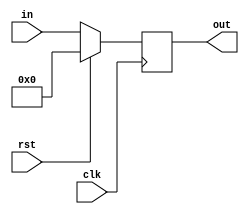
`timescale 1ns / 1ps
//////////////////////////////////////////////////////////////////////////////////
// Company: 
// Engineer: 
// 
// Design Name: 
// Module Name:    reg12 
// Project Name: 
// Target Devices: 
// Tool versions: 
// Description: 
//
// Dependencies: 
//
// Revision: 
// Revision 0.01 - File Created
// Additional Comments: 
//
//////////////////////////////////////////////////////////////////////////////////
module reg12 #(parameter N = 8)(
    input [N-1:0] in,
    input clk,
    output [N-1:0] out,
    input rst
    );

reg [N-1:0] outreg;

always @(posedge clk)
	if(rst)
		outreg <= 0;
	else
		outreg <= in;

assign out = outreg;
endmodule